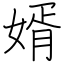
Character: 婿